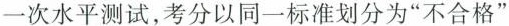
一次水平测试，考分以同一标准划分为”不合格”